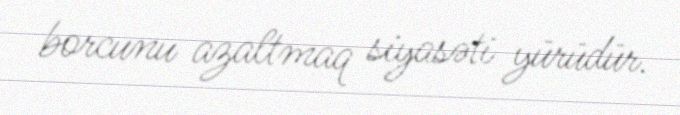
borcunu azaltmaq siyasəti yürüdür.